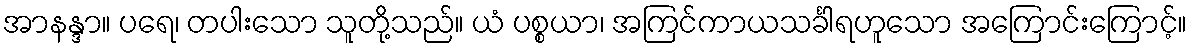
အာနန္ဒာ။ ပရေ၊ တပါးသော သူတို့သည်။ ယံ ပစ္စယာ၊ အကြင်ကာယသင်္ခါရဟူသော အကြောင်းကြောင့်။